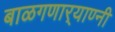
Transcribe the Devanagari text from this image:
बाळगणार्‍याण्नी